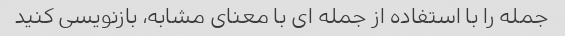
جمله را با استفاده از جمله ای با معنای مشابه، بازنویسی کنید